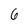
Character: 6